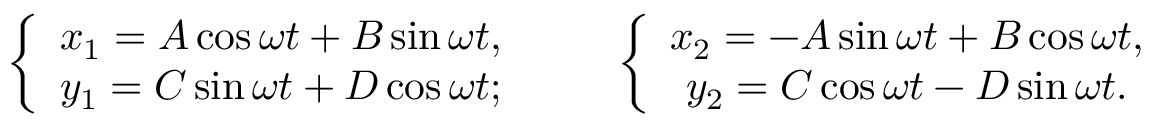
\begin{array} { r } { \left\{ \begin{array} { c } { x _ { 1 } = A \cos \omega t + B \sin \omega t , } \\ { y _ { 1 } = C \sin \omega t + D \cos \omega t ; } \end{array} \right. \qquad \left\{ \begin{array} { c } { x _ { 2 } = - A \sin \omega t + B \cos \omega t , } \\ { y _ { 2 } = C \cos \omega t - D \sin \omega t . } \end{array} \right. } \end{array}